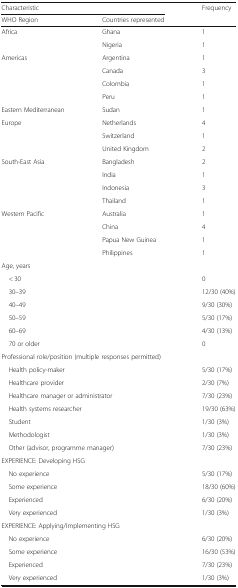
<table><thead><tr><td colspan="2"><b>Characteristic</b></td><td rowspan="2"><b>Frequency</b></td></tr><tr><td><b>WHO Region</b></td><td><b>Countries represented</b></td></tr></thead><tbody><tr><td rowspan="2">Africa</td><td>Ghana</td><td>1</td></tr><tr><td>Nigeria</td><td>1</td></tr><tr><td rowspan="4">Americas</td><td>Argentina</td><td>1</td></tr><tr><td>Canada</td><td>3</td></tr><tr><td>Colombia</td><td>1</td></tr><tr><td>Peru</td><td>1</td></tr><tr><td>Eastern Mediterranean</td><td>Sudan</td><td>1</td></tr><tr><td rowspan="3">Europe</td><td>Netherlands</td><td>4</td></tr><tr><td>Switzerland</td><td>1</td></tr><tr><td>United Kingdom</td><td>2</td></tr><tr><td rowspan="4">South-East Asia</td><td>Bangladesh</td><td>2</td></tr><tr><td>India</td><td>1</td></tr><tr><td>Indonesia</td><td>3</td></tr><tr><td>Thailand</td><td>1</td></tr><tr><td rowspan="4">Western Pacific</td><td>Australia</td><td>1</td></tr><tr><td>China</td><td>4</td></tr><tr><td>Papua New Guinea</td><td>1</td></tr><tr><td>Philippines</td><td>1</td></tr><tr><td colspan="3">Age, years</td></tr><tr><td colspan="2"> &lt; 30</td><td>0</td></tr><tr><td colspan="2"> 30–39</td><td>12/30 (40%)</td></tr><tr><td colspan="2"> 40–49</td><td>9/30 (30%)</td></tr><tr><td colspan="2"> 50–59</td><td>5/30 (17%)</td></tr><tr><td colspan="2"> 60–69</td><td>4/30 (13%)</td></tr><tr><td colspan="2"> 70 or older</td><td>0</td></tr><tr><td colspan="3">Professional role/position (multiple responses permitted)</td></tr><tr><td colspan="2"> Health policy-maker</td><td>5/30 (17%)</td></tr><tr><td colspan="2"> Healthcare provider</td><td>2/30 (7%)</td></tr><tr><td colspan="2"> Healthcare manager or administrator</td><td>7/30 (23%)</td></tr><tr><td colspan="2"> Health systems researcher</td><td>19/30 (63%)</td></tr><tr><td colspan="2"> Student</td><td>1/30 (3%)</td></tr><tr><td colspan="2"> Methodologist</td><td>1/30 (3%)</td></tr><tr><td colspan="2"> Other (advisor, programme manager)</td><td>7/30 (23%)</td></tr><tr><td colspan="3">EXPERIENCE: Developing HSG</td></tr><tr><td colspan="2"> No experience</td><td>5/30 (17%)</td></tr><tr><td colspan="2"> Some experience</td><td>18/30 (60%)</td></tr><tr><td colspan="2"> Experienced</td><td>6/30 (20%)</td></tr><tr><td colspan="2"> Very experienced</td><td>1/30 (3%)</td></tr><tr><td colspan="3">EXPERIENCE: Applying/Implementing HSG</td></tr><tr><td colspan="2"> No experience</td><td>6/30 (20%)</td></tr><tr><td colspan="2"> Some experience</td><td>16/30 (53%)</td></tr><tr><td colspan="2"> Experienced</td><td>7/30 (23%)</td></tr><tr><td colspan="2"> Very experienced</td><td>1/30 (3%)</td></tr></tbody></table>